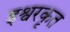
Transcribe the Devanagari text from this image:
इश्वरकृत